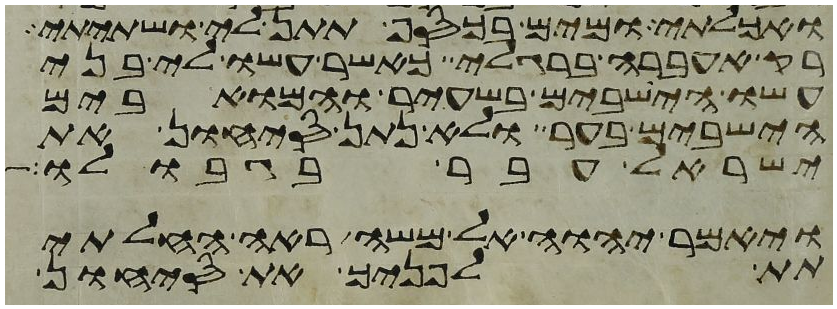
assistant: ואכלתי ומים בכסף תתן לי ושתיתי
רק אעברה ברגלי כאשר עשו לי בני
עשו הישבים בשעיר והמואבים
הישבים בער ולא נתן סיחון את
ישראל עבר בגבולו
ויאמר יהוה אל משה ראה החלתי
תת לפניך את סיחון